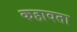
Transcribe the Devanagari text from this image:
कहावता